Annual report of the Punjab Veterinary College and of the Civil Veterinary Department, Punjab - 1926-1932
Year: 1926
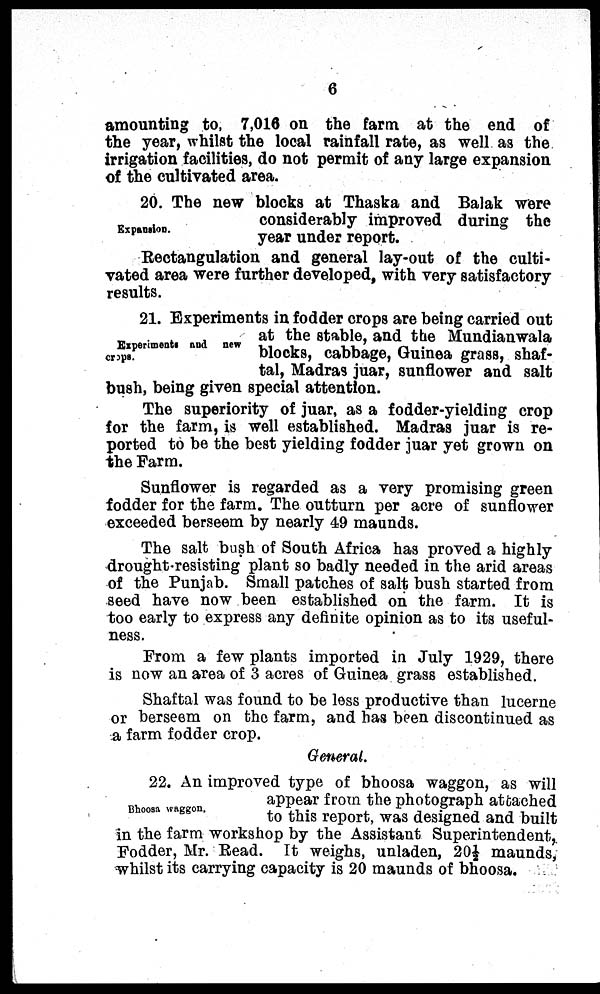
6
amounting to, 7,016 on the farm at the end of
the year, whilst the local rainfall rate, as well as the
irrigation facilities, do not permit of any large expansion
of the cultivated area.
Expansion.
20. The new blocks at Thaska and Balak were
considerably improved during the
year under report.
Rectangulation and general lay-out of the culti-
vated area were further developed, with very satisfactory
results.
Experiments and new
crops.
21. Experiments in fodder crops are being carried out
at the stable, and the Mundianwala
blocks, cabbage, Guinea grass, shaf-
tal, Madras juar, sunflower and salt
bush, being given special attention.
The superiority of juar, as a fodder-yielding crop
for the farm, is well established. Madras juar is re-
ported to be the best yielding fodder juar yet grown on
the Farm.
Sunflower is regarded as a very promising green
fodder for the farm. The outturn per acre of sunflower
exceeded berseem by nearly 49 maunds.
The salt bush of South Africa has proved a highly
drought-resisting plant so badly needed in the arid areas
of the Punjab. Small patches of salt bush started from
seed have now been established on the farm. It is
too early to express any definite opinion as to its useful-
ness.
From a few plants imported in July 1929, there
is now an area of 3 acres of Guinea grass established.
Shaftal was found to be less productive than lucerne
or berseem on the farm, and has been discontinued as
a farm fodder crop.
General.
Bhoosa waggon.
22. An improved type of bhoosa waggon, as will
appear from the photograph attached
to this report, was designed and built
in the farm workshop by the Assistant Superintendent,
Fodder, Mr. Read. It weighs, unladen, 20½ maunds,
whilst its carrying capacity is 20 maunds of bhoosa.